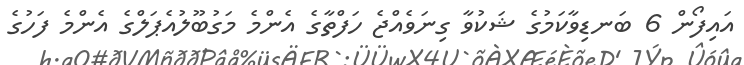
އައިފޯން 6 ބަނޑިވާކަަމުގެ ޝަކުވާ ގިނަވެއްޖެ ހަފްތާގެ އެންމެ މަގުބޫލުއެޕަލްގެ އެންމެ ފަހުގެ